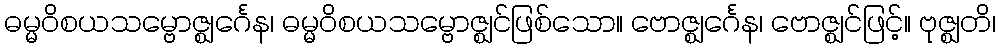
ဓမ္မဝိစယသမ္ဗောဇ္ဈင်္ဂေန၊ ဓမ္မဝိစယသမ္ဗောဇ္ဈင်ဖြစ်သော။ ဗောဇ္ဈင်္ဂေန၊ ဗောဇ္ဈင်ဖြင့်။ ဗုဇ္ဈတိ၊